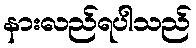
နားလည်ရပါသည်